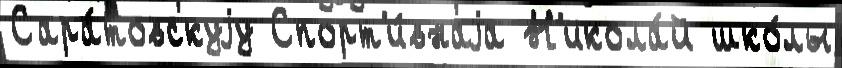
Сара́товскуjу Спорт'и́внаjа Н'икола́й шко́лы